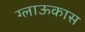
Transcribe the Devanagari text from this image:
ग्लाऊकास